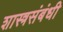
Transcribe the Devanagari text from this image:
शास्त्रसंबंधी